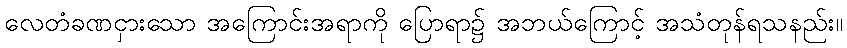
လေတံခဏငှားသော အကြောင်းအရာကို ပြောရာ၌ အဘယ်ကြောင့် အသံတုန်ရသနည်း။